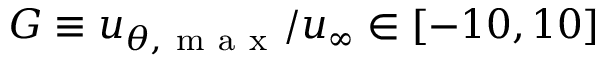
G \equiv u _ { \theta , \mathrm { ~ m ~ a ~ x ~ } } / u _ { \infty } \in [ - 1 0 , 1 0 ]